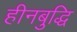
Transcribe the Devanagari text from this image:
हीनबुद्धि